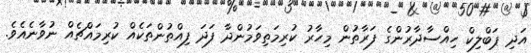
އަދި ޕަބްލިކް ހިއްސާދާރުންގެ ފަރާތުން މިހާރު ކުރިމަތިވަމުންދާ ފަދަ ފިއްތުންތަކެއް ކުރިމައްޗެއް ނުވާނެއެވެ.